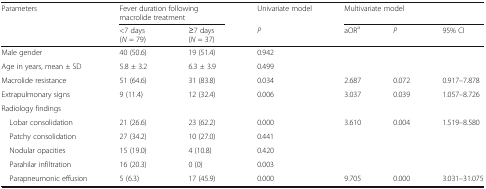
<table><thead><tr><td rowspan="2"><b>Parameters</b></td><td colspan="2"><b>Fever duration following macrolide treatment</b></td><td><b>Univariate model</b></td><td colspan="3"><b>Multivariate model</b></td></tr><tr><td><b>&lt;7 days(<i>N</i> = 79)</b></td><td><b>≥7 days(<i>N</i> = 37)</b></td><td><b><i>P</i></b></td><td><b>aOR<sup>a</sup></b></td><td><b><i>P</i></b></td><td><b>95% CI</b></td></tr></thead><tbody><tr><td>Male gender</td><td>40 (50.6)</td><td>19 (51.4)</td><td>0.942</td><td></td><td></td><td></td></tr><tr><td>Age in years, mean ± SD</td><td>5.8 ± 3.2</td><td>6.3 ± 3.9</td><td>0.499</td><td></td><td></td><td></td></tr><tr><td>Macrolide resistance</td><td>51 (64.6)</td><td>31 (83.8)</td><td>0.034</td><td>2.687</td><td>0.072</td><td>0.917–7.878</td></tr><tr><td>Extrapulmonary signs</td><td>9 (11.4)</td><td>12 (32.4)</td><td>0.006</td><td>3.037</td><td>0.039</td><td>1.057–8.726</td></tr><tr><td colspan="7">Radiology findings</td></tr><tr><td> Lobar consolidation</td><td>21 (26.6)</td><td>23 (62.2)</td><td>0.000</td><td>3.610</td><td>0.004</td><td>1.519–8.580</td></tr><tr><td> Patchy consolidation</td><td>27 (34.2)</td><td>10 (27.0)</td><td>0.441</td><td></td><td></td><td></td></tr><tr><td> Nodular opacities</td><td>15 (19.0)</td><td>4 (10.8)</td><td>0.420</td><td></td><td></td><td></td></tr><tr><td> Parahilar infiltration</td><td>16 (20.3)</td><td>0 (0)</td><td>0.003</td><td></td><td></td><td></td></tr><tr><td> Parapneumonic effusion</td><td>5 (6.3)</td><td>17 (45.9)</td><td>0.000</td><td>9.705</td><td>0.000</td><td>3.031–31.075</td></tr></tbody></table>